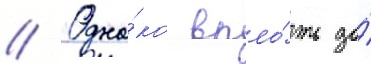
// Одна́ко впло́ть до́